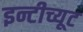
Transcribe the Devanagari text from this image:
इन्टीच्यूट